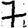
Digit: 7